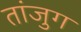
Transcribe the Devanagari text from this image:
तांजुग